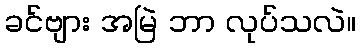
ခင်ဗျား အမြဲ ဘာ လုပ်သလဲ။